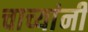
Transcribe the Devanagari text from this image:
चाच्यांनी